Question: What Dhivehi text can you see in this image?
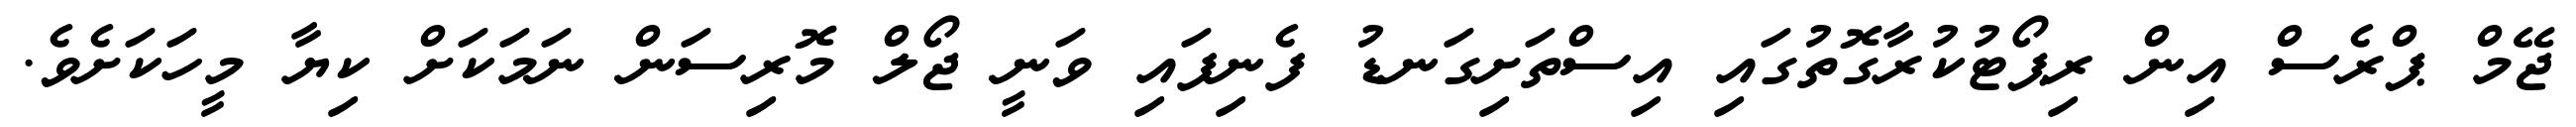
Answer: ޖޭމް ޕްރެސް އިން ރިޕޯޓުކުރާގޮތުގައި އިސްތަށިގަނޑު ފެނިފައި ވަނީ ޖޯލް މޮރިސަން ނަމަކަށް ކިޔާ މީހަކަށެވެ.